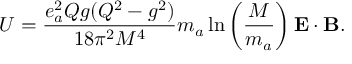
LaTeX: U = \frac { e _ { a } ^ { 2 } Q g ( Q ^ { 2 } - g ^ { 2 } ) } { 1 8 \pi ^ { 2 } M ^ { 4 } } m _ { a } \ln \left( \frac { M } { m _ { a } } \right) { \bf E } \cdot { \bf B } .